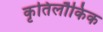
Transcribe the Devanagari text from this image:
कृतिलौकिक